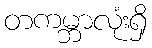
တကမ္ဘာလုံးရှိ